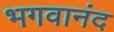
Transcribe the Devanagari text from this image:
भगवानंद